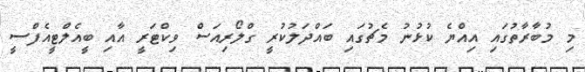
މި މުބާރާތުގައި އިއްޔެ ކުޅުނު މެޗުގައި ބައްދަލުކުރީ ގްލޯރިއަސް ވިކްޓަރީ އާއި ބީއެލްޓީއެފްސީ